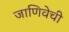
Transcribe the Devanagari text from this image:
जाणिवेची